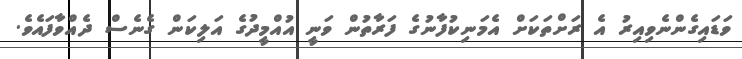
ވަޑައިގެންނެވިއިރު އެ ރަށްތަކަށް އެމަނިކުފާނުގެ ފަރާތުން ވަނީ އުއްމީދުގެ އަލިކަން ގެނެސް ދެއްވާފައެވެ.